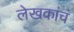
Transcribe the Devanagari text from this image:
लेखकांचं